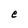
Character: e